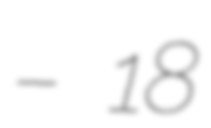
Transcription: – 18